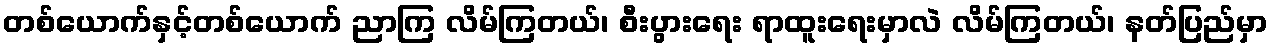
တစ်ယောက်နှင့်တစ်ယောက် ညာကြ လိမ်ကြတယ်၊ စီးပွားရေး ရာထူးရေးမှာလဲ လိမ်ကြတယ်၊ နတ်ပြည်မှာ